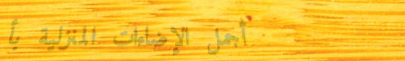
أجمل الإضاءات المنزلية بأ